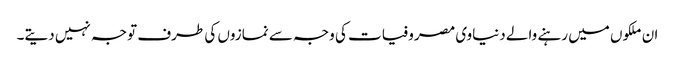
ان ملکوں میں رہنے والے دنیاوی مصروفیات کی وجہ سے نمازوں کی طرف توجہ نہیں دیتے۔